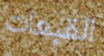
القبعات